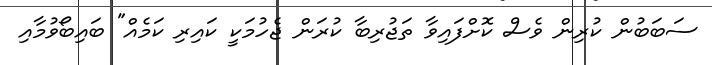
ސަބަބުން ކުރިން ވެސް ކޮށްފައިވާ ތަޖުރިބާ ކުރަން ޖެހުމަކީ ކައިރި ކަމެއް" ބައިބޯވުމާއި